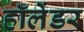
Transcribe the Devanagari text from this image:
हॉलेंडर